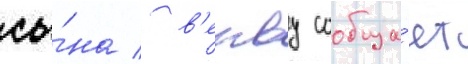
сы́на / в'енву сообща́ет